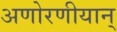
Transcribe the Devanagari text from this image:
अणोरणीयान्‌